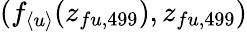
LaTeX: (f_{\langle u\rangle}(z_{fu,499}),z_{fu,499})